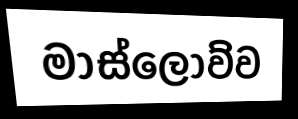
මාස්ලොව්ව